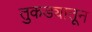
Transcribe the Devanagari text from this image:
तुकड्यातून